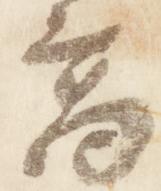
高